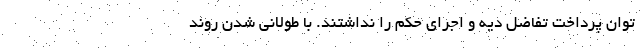
توان پرداخت تفاضل دیه و اجرای حکم را نداشتند. با طولانی شدن روند